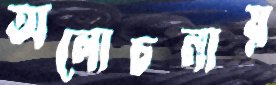
অলোচনায়